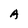
Character: A